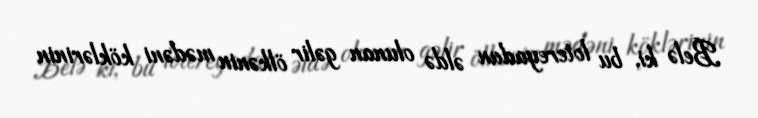
Belə ki, bu lotereyadan əldə olunan gəlir ölkənin mədəni köklərinin